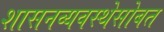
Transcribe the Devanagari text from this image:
शासनव्यवस्थेसोबत